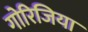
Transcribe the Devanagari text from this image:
गोरिजिया